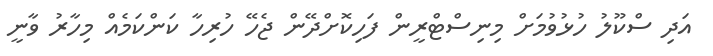
އަދި ސްކޫލު ހުޅުވުމަށް މިނިސްޓްރީން ފަހިކޮށްދޭން ޖެހޭ ހުރިހާ ކަންކަމެއް މިހާރު ވާނީ